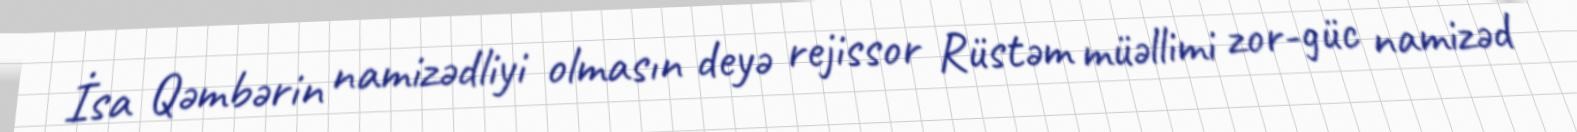
İsa Qəmbərin namizədliyi olmasın deyə rejissor Rüstəm müəllimi zor-güc namizəd